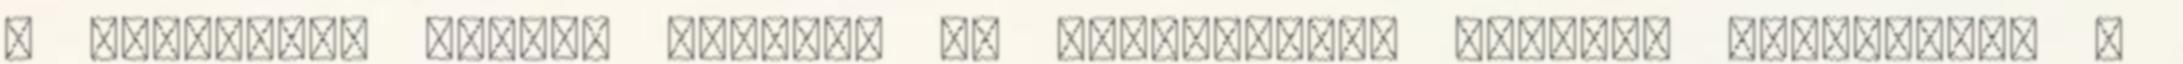
a hátfájást utazás közben? Ha maximálisan élvezni szeretnénk a